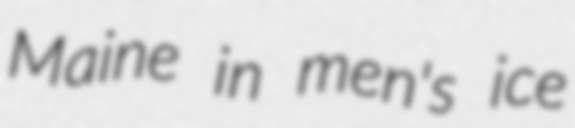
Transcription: Maine in men's ice